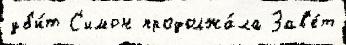
уб'и́т С'имон продолжа́ла Зав'е́т